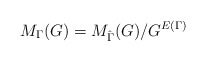
\begin{align*}M_{\Gamma}(G) = M_{\hat{\Gamma}}(G)/ G^{E(\Gamma)}\\\end{align*}